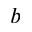
b